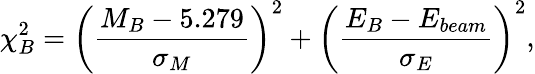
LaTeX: \chi_{B}^{2}=\left(\frac{M_{B}-5.279}{\sigma_{M}}\right)^{2}+\left(\frac{E_{B}-E_{beam}}{\sigma_{E}}\right)^{2},